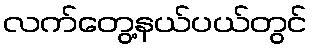
လက်တွေ့နယ်ပယ်တွင်